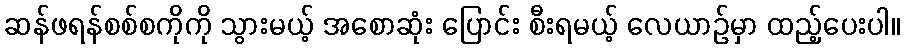
ဆန်ဖရန်စစ်စကိုကို သွားမယ့် အစောဆုံး ပြောင်း စီးရမယ့် လေယာဉ်မှာ ထည့်ပေးပါ။